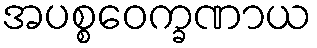
အပစ္စဝေက္ခဏာယ